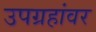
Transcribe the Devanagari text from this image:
उपग्रहांवर